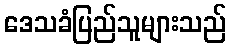
ဒေသခံပြည်သူများသည်